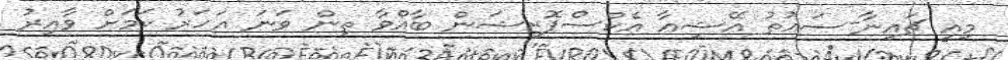
މިއީ ޗައިނާ-ސައުތު އޭޝިއާ އެކްސްޕޮޒިޝަން ބާއްވާ ތިން ވަނަ އަހަރު ކަމަށް ވާއިރު